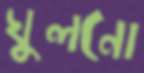
ঘুলনো